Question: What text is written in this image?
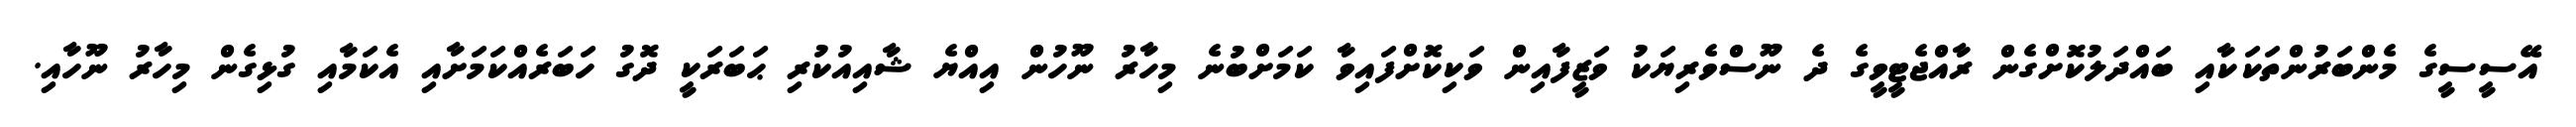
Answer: އޭސީސީގެ މެންބަރުންތަކަކާއި ބައްދަލުކޮށްގެން ރާއްޖެޓީވީގެ ދެ ނޫސްވެރިޔަކު ވަޒީފާއިން ވަކިކޮށްފައިވާ ކަމަށްބުނެ މިހާރު ނޫހުން އިއްޔެ ޝާއިއުކުރި ޙަބަރަކީ ދޮގު ހަބަރެއްކަމަށާއި އެކަމާއި ގުޅިގެން މިހާރު ނޫހާއި.